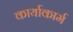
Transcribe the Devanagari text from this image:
कार्याकार्म